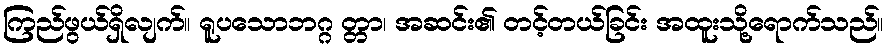
ကြည်ဖွယ်ရှိလျက်။ ရူပသောဘဂ္ဂ တ္တာ၊ အဆင်း၏ တင့်တယ်ခြင်း အထူးသို့ရောက်သည်။